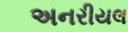
અનરીયલ